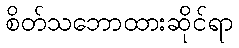
စိတ်သဘောထားဆိုင်ရာ